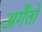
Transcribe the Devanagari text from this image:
अर्गेंतो